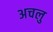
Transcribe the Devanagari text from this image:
अचलु